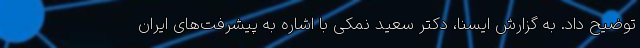
توضیح داد. به گزارش ایسنا، دکتر سعید نمکی با اشاره به پیشرفت‌های ایران